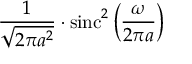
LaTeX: { \frac { 1 } { \sqrt { 2 \pi a ^ { 2 } } } } \cdot \operatorname { s i n c } ^ { 2 } \left( { \frac { \omega } { 2 \pi a } } \right)